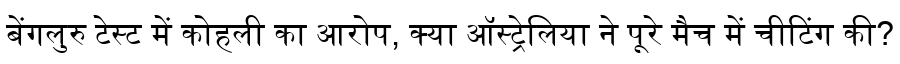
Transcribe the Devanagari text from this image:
बेंगलुरु टेस्ट में कोहली का आरोप, क्या ऑस्ट्रेलिया ने पूरे मैच में चीटिंग की?